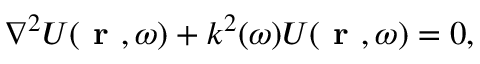
\nabla ^ { 2 } U ( \textbf { r } , \omega ) + k ^ { 2 } ( \omega ) U ( \textbf { r } , \omega ) = 0 ,